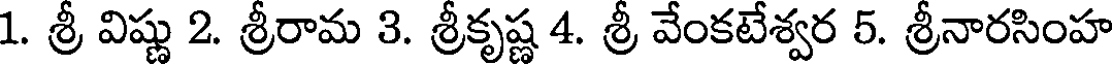
1. శ్రీ విష్ణు 2. శ్రీరామ 3. శ్రీకృష్ణ 4. శ్రీ వేంకటేశ్వర 5. శ్రీనారసింహ